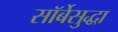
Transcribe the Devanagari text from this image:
सॉर्बेसुद्धा